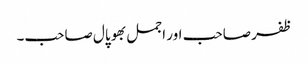
ظفر صاحب اور اجمل بھوپال صاحب۔